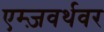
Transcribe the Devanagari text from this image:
एम्ज़वर्थवर